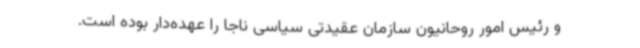
و رئیس امور روحانیون سازمان عقیدتی سیاسی ناجا را عهده‌دار بوده است.